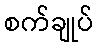
စက်ချုပ်